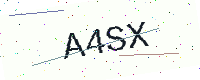
Text: A4SX